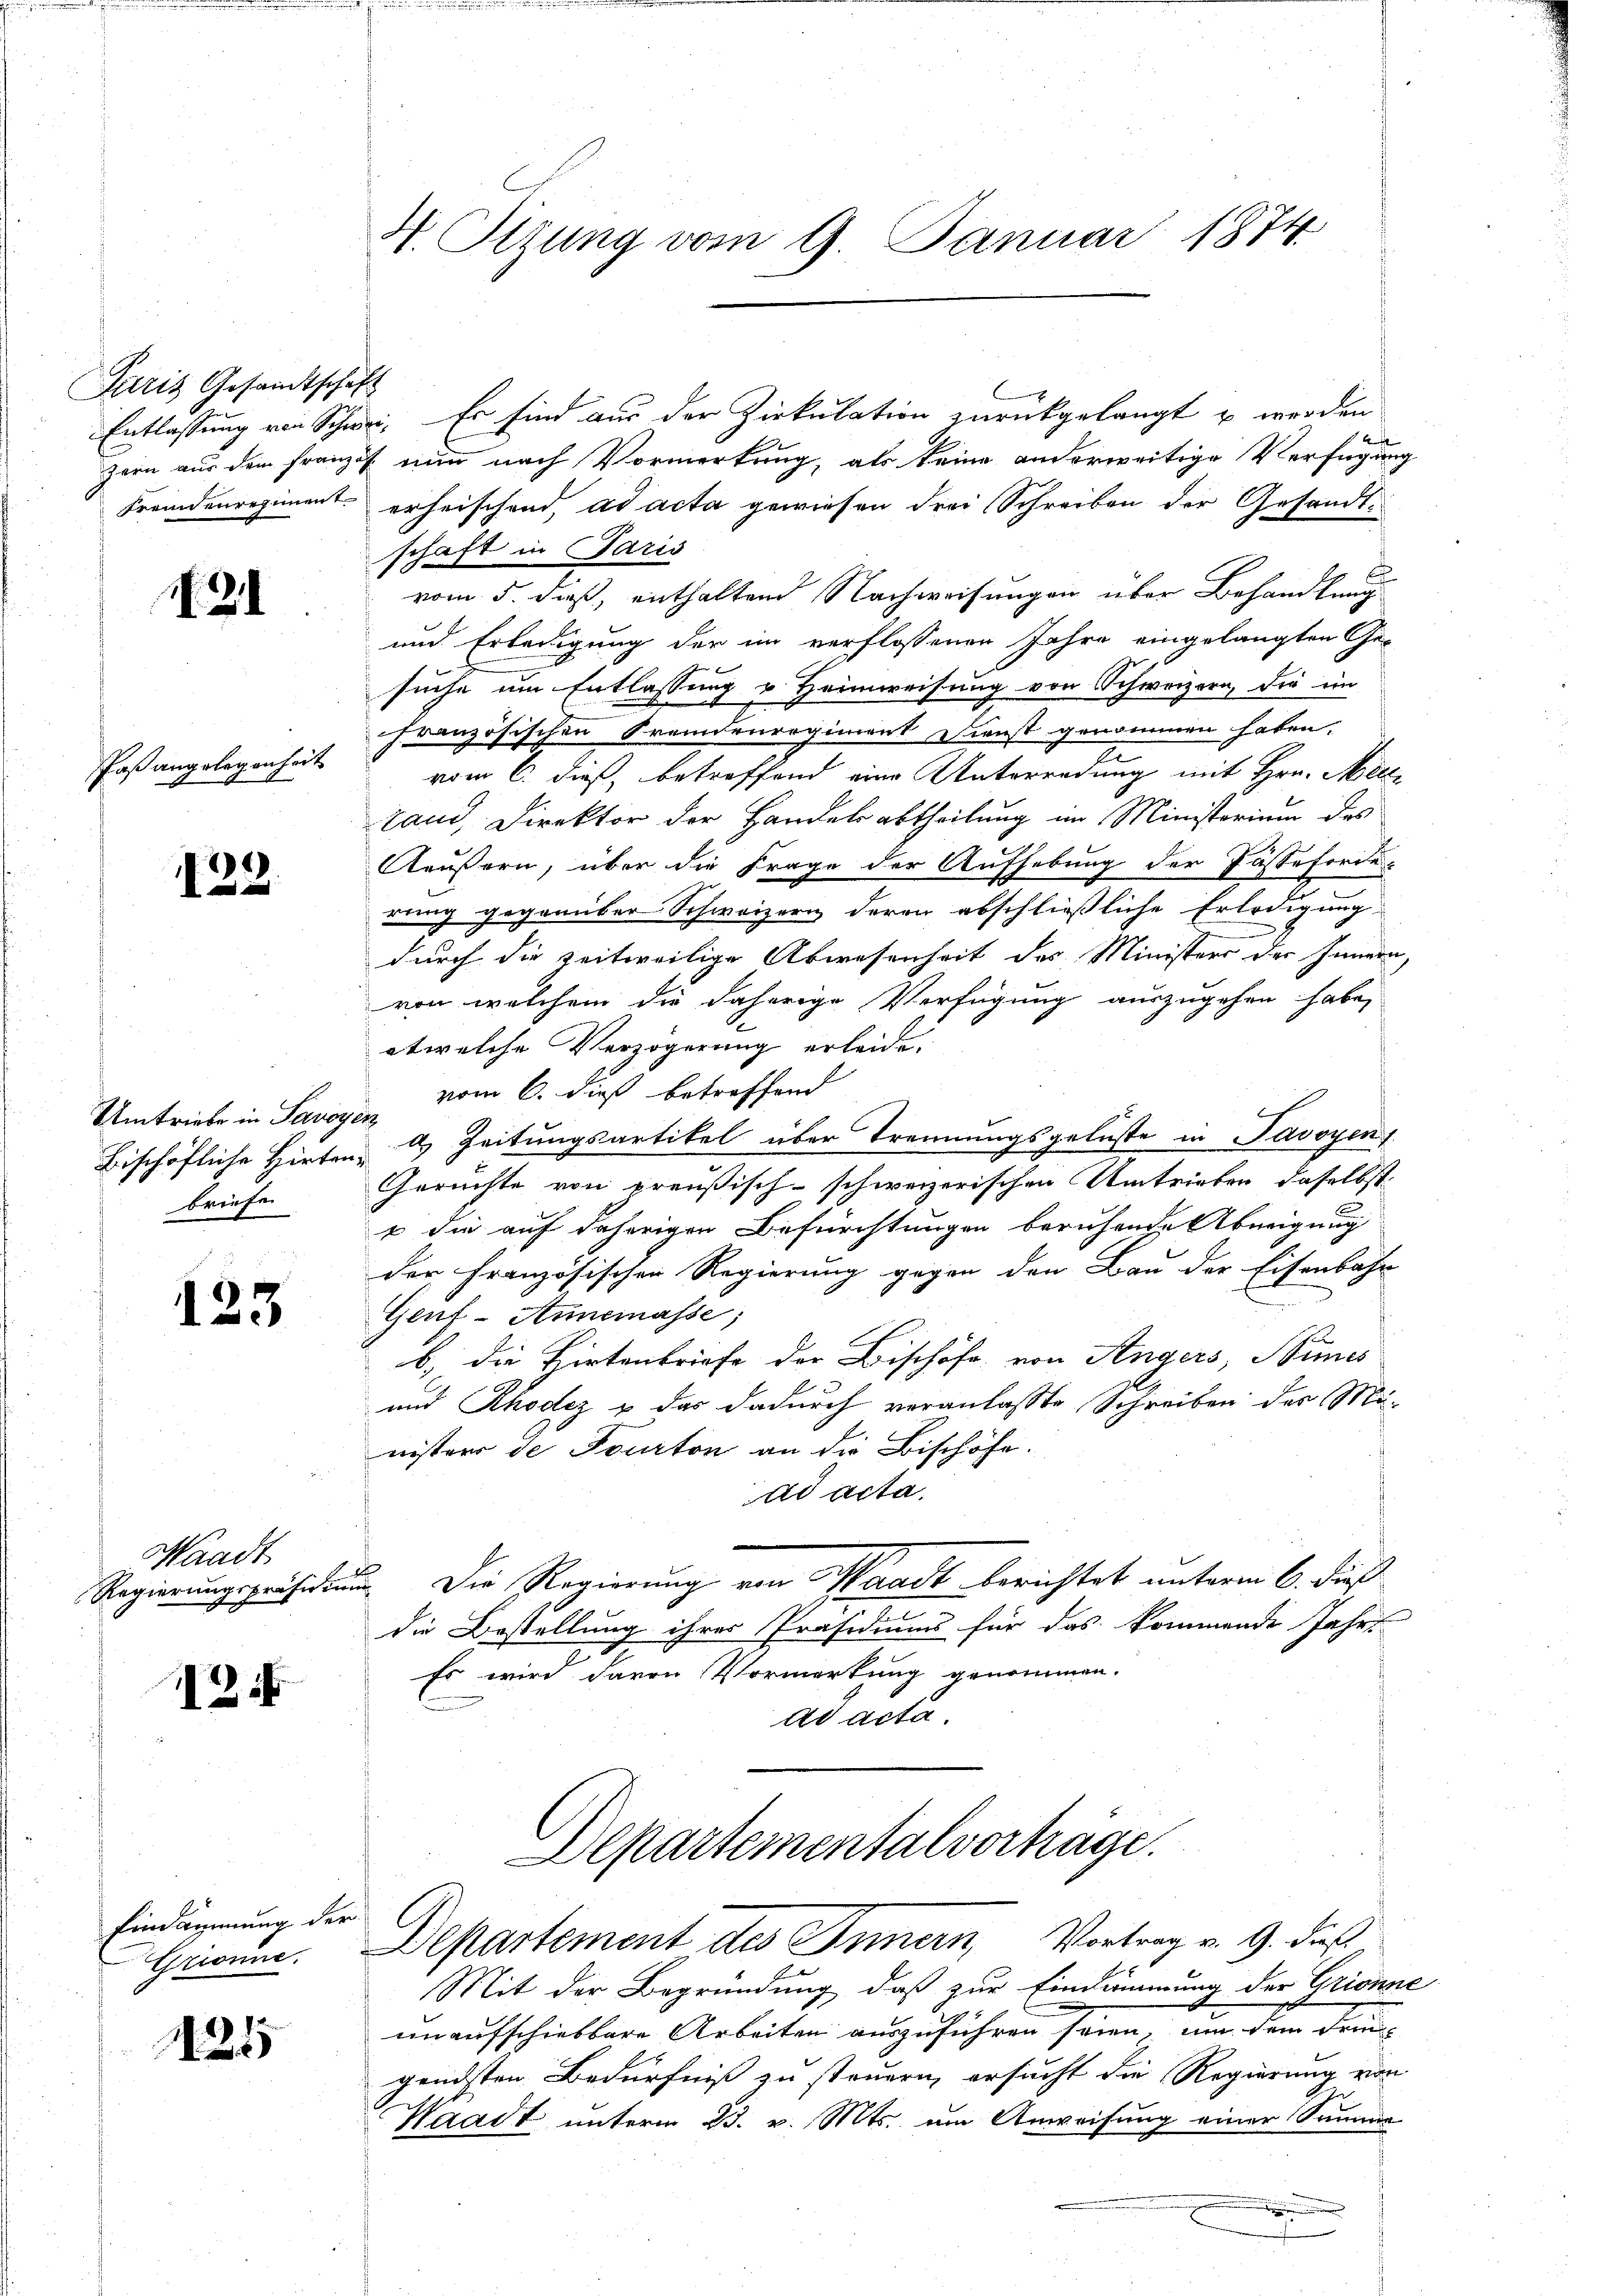
Juris Gesandtschaft
Fremdenregiment

21

Paßangelegenheit
2

122.

Umtriebe in Savoye
briefe

123

Waadt
1
gepräsidium
Regierung

125

Eindammung der

125

H. Sizung vom 9. Januar 1874

Entlassung von Schwei. Er sind aus der Zirkulation zurückgelangt u werden
4
zern aus dem Franzes nun nach Vormerkung, als keine anderweitige Verfügung
erheischend, ad acta gewiesen drei Schreiben der Gesandtschaft in Paris
vom 5. daß, enthaltend Nachweisungen über Behandlung
und Erledigung der im verflossenen Jahre eingelangten Gesuche um Entlassung u. Heimweisung von Schweizern, die im
chranzösischen Fremdenregiment Dienst genommen haben,
vom 6. dieß, betreffend eine Unterredung mit Hrn. Meiland, Direktor der Handelsabtheilung im Ministerium des
Ääußern, über die Frage der Aufhebung der Fässeforde-
rung gegenüber Schweizern deren abschließliche Erledigung
durch die zeitweilige Abwesenheit des Ministers des Innern,
von welchem die daherige Verfügung auszugehen habe,
etwelche Verzögerung erleide.
vom 6. dieß betreffend
2
Bischöfliche Hirten 4 Zeitungsartikel über Trennungsgelüste in Savoyen
Gerüchte von preußisch-schweizerischen Umtrieben daselbst
1 die auf daherigen Befürchtungen beruhende Abneigung
der Französischen Regierung gegen den Bau der Eisenbahn
Genf-Annemasse;
b) die Hirtenbriefe der Bischöfe, von Angers, Simes
und Rhodez u das dadurch veranlasste Schreiben der Mü-
eisters de Fourton an die Bischöfe.
ad acta
Die Regierung von Waadt berichtet unterm 6. dieß
die Bestellung ihrer Präsidiums für das kommende Jahrs
Es wird davon Vormerkung genommen.
ad acta

Departementalverträge.
Grionne. Departement des Innern, Vortrag v. 9. dieß

Mit der Begründung, daß zur Eindämmung der Grionne
unaufschiebbare Arbeiten auszuführen seien, um dem Frie
gendsten Bedürfniß zu steuern, ersucht die Regierung von
Waadt unterm 23. v. Mts. um Anweisung einer Summe
.